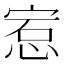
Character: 𪬅